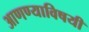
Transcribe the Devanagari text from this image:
आणण्याविषयी